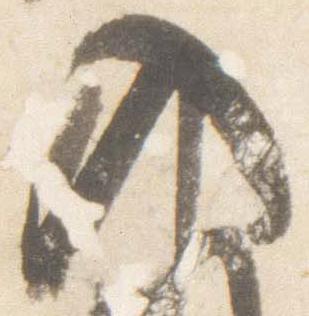
入